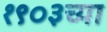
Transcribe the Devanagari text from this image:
१९०३च्या